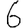
Digit: 6